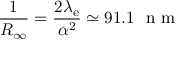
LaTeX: { \frac { 1 } { R _ { \infty } } } = { \frac { 2 \lambda _ { \mathrm { e } } } { \alpha ^ { 2 } } } \simeq 9 1 . 1 ~ { \textrm { n m } }